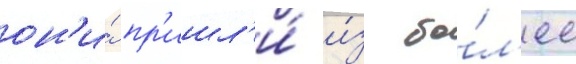
он'и́ пр'ишл'и́ и́з бо́л'ее